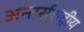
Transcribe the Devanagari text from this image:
अन्तर्राशट्रीय